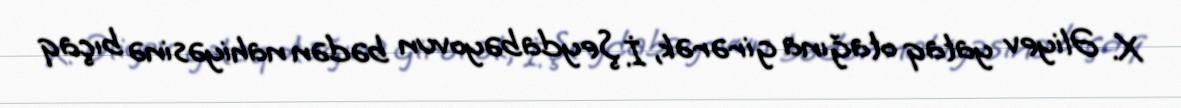
X. Əliyev yataq otağına girərək, İ. Şeydabəyovun bədən nahiyəsinə bıçaq